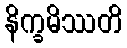
နိက္ခမိဿတိ